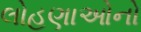
લોહણાઓનો